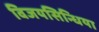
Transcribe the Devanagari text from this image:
विजयसिन्धिया